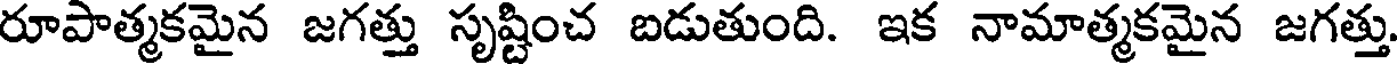
రూపాత్మకమైన జగత్తు సృష్టించ బడుతుంది. ఇక నామాత్మకమైన జగత్తు